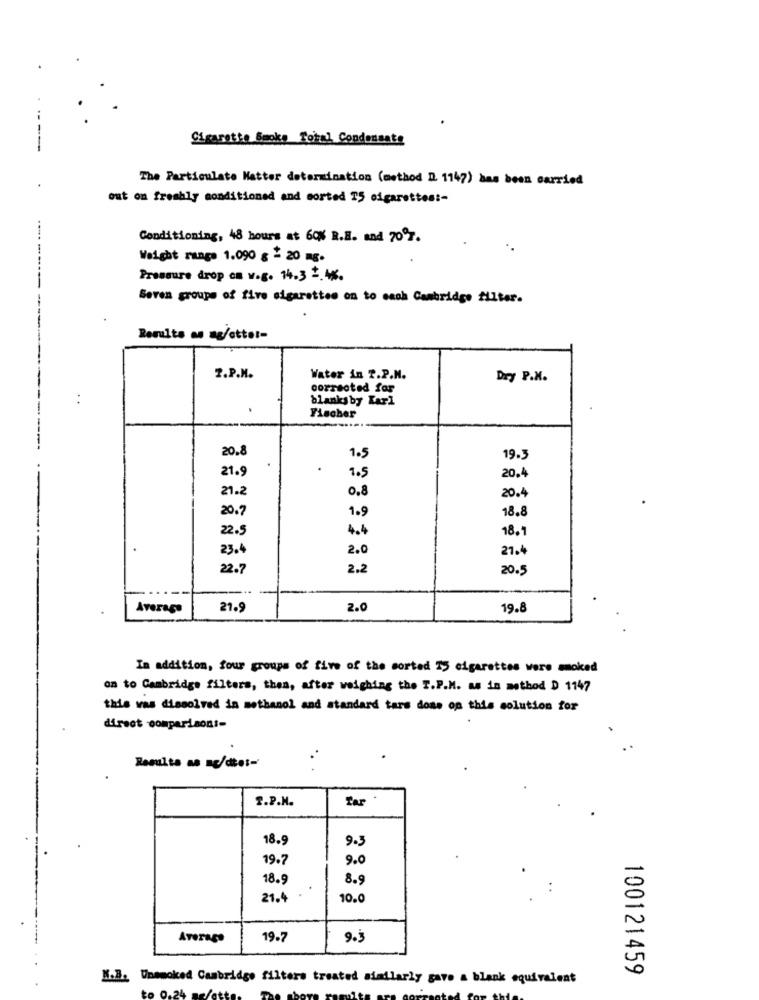
Cigarette Smoke Tobal Condensate
The Particulate Matter determination (method D. 1147) has been carried
out on freshly conditioned and sorted T5 cigarettes :-
Conditioning, 48 hours at 60% R.E. and 707.
Weight range 1.090 g - 20 mg.
Pressure drop on v.g. 14.3 . 4%.
Seven groups of five cigarettes on to each Cambridge filter.
Results as ag/ottot-
-----------------
2.P.M.
Water in P.P.N.
Dry P.M.
corrected for
:
blanksby Karl
Fischer
20.8
1.5
19.3
.
21.9
1.5
20.4
21.2
0,8
20.4
20.7
1.9
18.8
22.5
4.4
18.
23.4
2.0
21.4
22.7
2.2
20.5
Average
21.9
2.0
19.8
In addition, four groups of five of the sorted 15 cigarettes were moked
on to Cambridge filters, then, after weighing the T.P.M. as is method D 1147
this was dissolved in methanol and standard tars done on this solution for
direct comparisons-
Resulta an mg/dtet-
.. .
T.P.H.
Tar
18.9
9-3
19.7
9.0
18.9
8.9
21.4
10.0
19.7
9.3
100121459
N.B. Unsmoked Cambridge filters treated similarly gave a blank equivalent
to 0.24